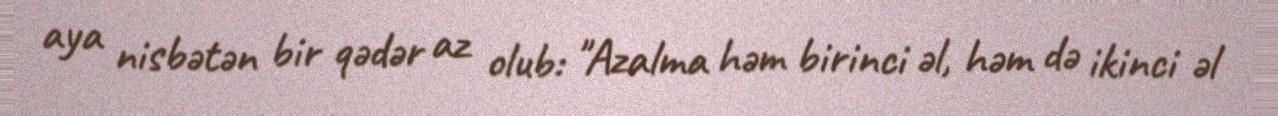
aya nisbətən bir qədər az olub: "Azalma həm birinci əl, həm də ikinci əl